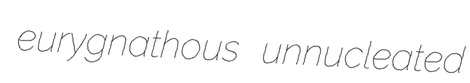
eurygnathous unnucleated